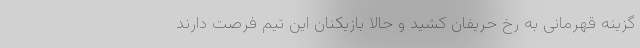
گزینه قهرمانی به رخ حریفان کشید و حالا بازیکنان این تیم فرصت دارند